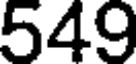
549